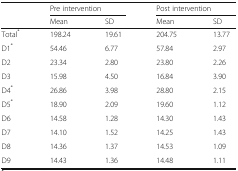
<table><thead><tr><td></td><td colspan="2"><b>Pre intervention</b></td><td colspan="2"><b>Post intervention</b></td></tr><tr><td></td><td><b>Mean</b></td><td><b>SD</b></td><td><b>Mean</b></td><td><b>SD</b></td></tr></thead><tbody><tr><td>Total<sup>*</sup></td><td>198.24</td><td>19.61</td><td>204.75</td><td>13.77</td></tr><tr><td>D1<sup>*</sup></td><td>54.46</td><td>6.77</td><td>57.84</td><td>2.97</td></tr><tr><td>D2</td><td>23.34</td><td>2.80</td><td>23.80</td><td>2.26</td></tr><tr><td>D3</td><td>15.98</td><td>4.50</td><td>16.84</td><td>3.90</td></tr><tr><td>D4<sup>*</sup></td><td>26.86</td><td>3.98</td><td>28.80</td><td>2.15</td></tr><tr><td>D5<sup>*</sup></td><td>18.90</td><td>2.09</td><td>19.60</td><td>1.12</td></tr><tr><td>D6</td><td>14.58</td><td>1.28</td><td>14.30</td><td>1.43</td></tr><tr><td>D7</td><td>14.10</td><td>1.52</td><td>14.25</td><td>1.43</td></tr><tr><td>D8</td><td>14.36</td><td>1.37</td><td>14.53</td><td>1.09</td></tr><tr><td>D9</td><td>14.43</td><td>1.36</td><td>14.48</td><td>1.11</td></tr></tbody></table>